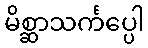
မိစ္ဆာသင်္ကပ္ပေါ